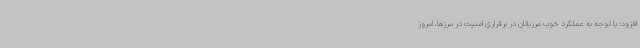
افزود: با توجه به عملکرد خوب مرزبانان در برقراری امنیت در مرزها، امروز